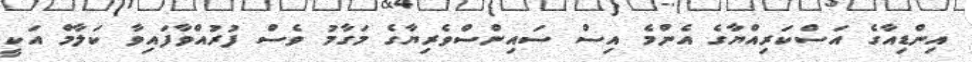
އިންޑިއާގެ އަސްކަރިއްޔާގެ އެންމެ އިސް ސައިންސްވެރިޔާގެ މަގާމު ވެސް ފުރުއްވާފައިވާ ކަލާމް އަކީ